Scottish Leaving Certificate Examination, 1953
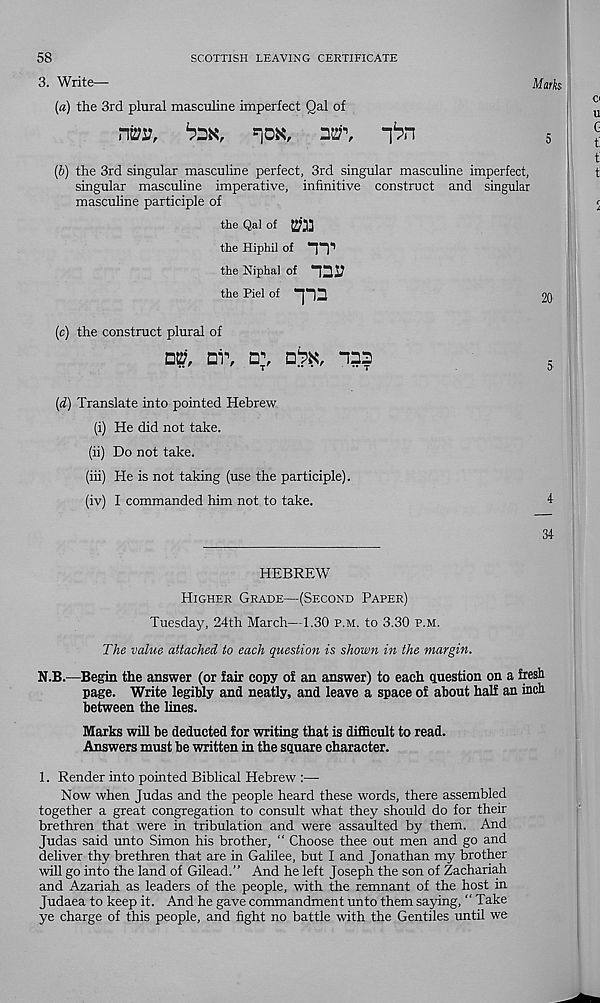
58
3. Write—
SCOTTISH LEAVING CERTIFICATE
Mark
(a) the 3rd plural masculine imperfect Qal of
rror,
(b) the 3rd singular masculine perfect, 3rd singular masculine imperfect,
singular mascuhne imperative, infinitive construct and singular
masculine participle of
the Qal of
the Hiphil of “pi
the Niphal of
the Piel of
(c) the construct plural of
ny, nr,
(d) Translate into pointed Hebrew
(i) He did not take.
(ii) Do not take.
(iii) He is not taking (use the participle).
(iv) I commanded him not to take.
4
34
HEBREW
Higher Grade—(Second Paper)
Tuesday, 24th March—1.30 p.m. to 3.30 p.m.
The value attached to each question is shown in the margin.
N.B.—Begin the answer (or fair copy of an answer) to each question on a fresh
page. Write legibly and neatly, and leave a space of about half an inch
between the lines.
Marks will be deducted for writing that is difficult to read.
Answers must be written in the square character.
1. Render into pointed Biblical Hebrew :—
Now when Judas and the people heard these words, there assembled
together a great congregation to consult what they should do for their
brethren that were in tribulation and were assaulted by them. And
Judas said unto Simon his brother, " Choose thee out men and go and
deliver thy brethren that are in Galilee, but I and Jonathan my brother
will go into the land of Gilead.” And he left Joseph the son of Zachariah
and Azariah as leaders of the people, with the remnant of the host in
Judaea to keep it. And he gave commandment unto them saying, “ Take
ye charge of this people, and fight no battle with the Gentiles until we
■pa
2«
Q§*< las
s